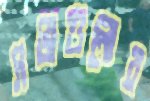
সভাগুলোর